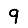
Digit: 9